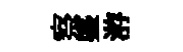
察盛㳺